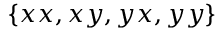
\{ x x , x y , y x , y y \}